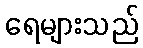
ရေများသည်